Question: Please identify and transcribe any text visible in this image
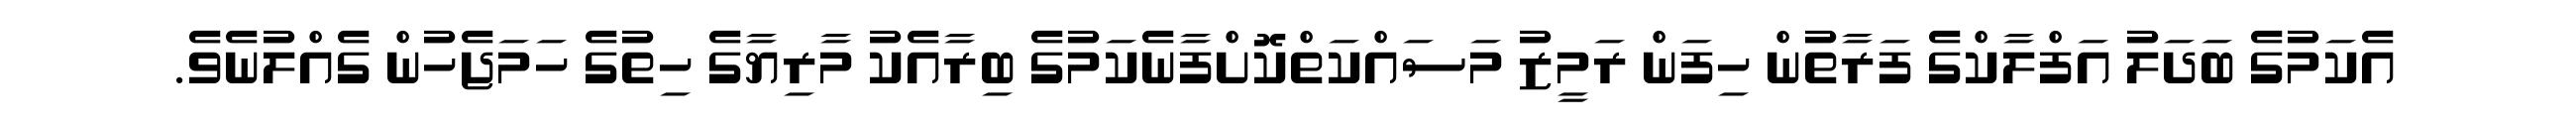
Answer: އެކަމުގެ ބަދަލު އަފްލާކްގެ ފަރާތުން ހިފަން ރަމީޒު މަސައްކަތްކޮށްފާނެކަމުގެ ބިރާއެކު މާރިޔާގެ ހިތުގެ ހަމަޖެހުން ގެއްލުނެވެ.